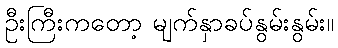
ဦးကြီးကတော့ မျက်နှာခပ်နွမ်းနွမ်း။